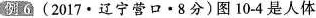
例 6 (2017·辽宁营口·8分)图10-4是人体